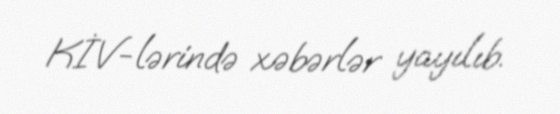
KİV-lərində xəbərlər yayılıb.